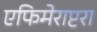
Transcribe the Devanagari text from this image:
एफिमेराप्टरा